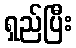
ရှည်ပြီး